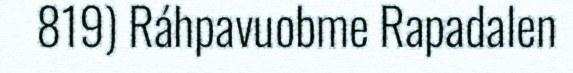
819) Ráhpavuobme Rapadalen